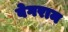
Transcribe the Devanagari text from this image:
वेगराम